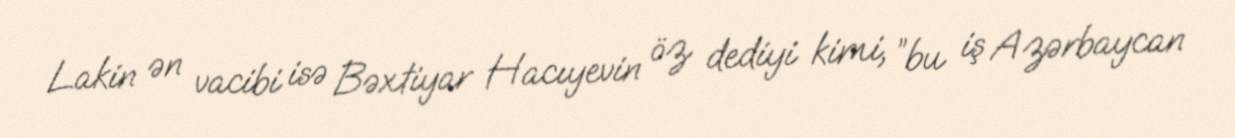
Lakin ən vacibi isə Bəxtiyar Hacıyevin öz dediyi kimi, ”bu iş Azərbaycan